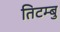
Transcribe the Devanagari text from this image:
तिटम्बु